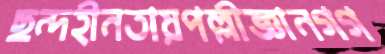
ছন্দহীনতায়পল্লীজ্ঞানগগ